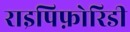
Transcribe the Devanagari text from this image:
राइपिफ़ोरिडी